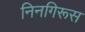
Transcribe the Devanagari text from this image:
निनगिरूस